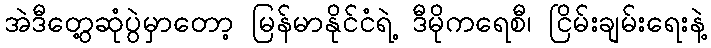
အဲဒီတွေ့ဆုံပွဲမှာတော့ မြန်မာနိုင်ငံရဲ့ ဒီမိုကရေစီ၊ ငြိမ်းချမ်းရေးနဲ့